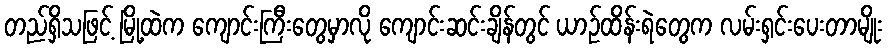
တည်ရှိသဖြင့် မြို့ထဲက ကျောင်းကြီးတွေမှာလို ကျောင်းဆင်းချိန်တွင် ယာဉ်ထိန်းရဲတွေက လမ်းရှင်းပေးတာမျိုး